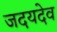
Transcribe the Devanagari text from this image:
जदयदेव